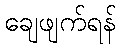
ချေဖျက်ရန်